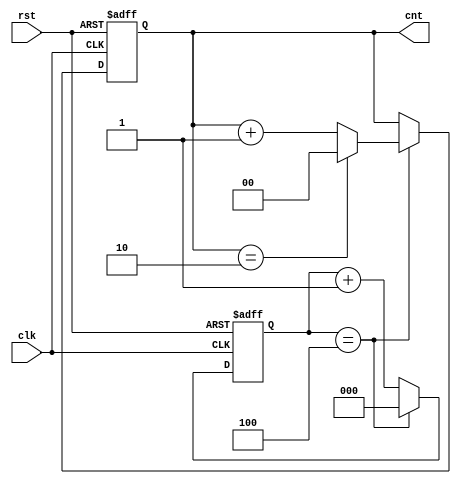
module repeat5(clk,rst,cnt);
  input clk,rst;
  output [1:0] cnt;
  
  reg [1:0] cnt;
  wire [2:0] b1,b2;
  wire [1:0] b3,b4,b5;
  wire s1,s2;
  reg [2:0] mod5;
 
  assign b1 = mod5 + 1;
  assign s1 = (mod5==4);
  assign b2 = s1 ? 0 : b1;
  
  always @ (posedge clk or posedge rst)
    begin
      if (rst)
        mod5 <= 0;
      else 
        mod5 <= b2;
    end
  
  //'ifdef five0123
  //assign b3 = cnt + 1;
  //assign b4 = s1 ? b3 : cnt;  //0123 five times
  //'endif
  
  //'ifdef five012
  assign b5 = cnt + 1;
  assign s2 = cnt == 2;
  assign b3 = s2 ? 0 : b5;
  assign b4 = s1 ? b3 : cnt;	//012 five times
  //'endif
  
  always @ (posedge clk or posedge rst)
    begin
      if (rst)
        cnt <= 0;
      else 
        cnt <= b4;
    end
  
endmodule